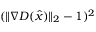
( \lVert \nabla D ( \hat { x } ) \rVert _ { 2 } - 1 ) ^ { 2 }